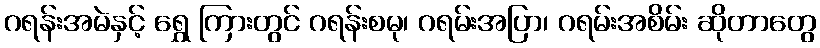
ဂရန်းအမဲနှင့် ရွှေ ကြားတွင် ဂရန်းစမု၊ ဂရမ်းအပြာ၊ ဂရမ်းအစိမ်း ဆိုတာတွေ